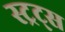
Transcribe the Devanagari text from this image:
स्ट्रट्स